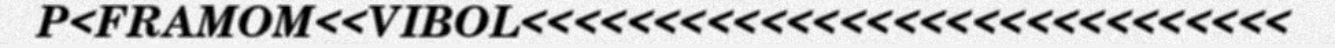
P<FRAMOM<<VIBOL<<<<<<<<<<<<<<<<<<<<<<<<<<<<<